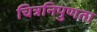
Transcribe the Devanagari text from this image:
चित्रनिपुणता